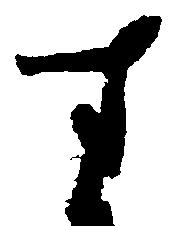
す